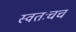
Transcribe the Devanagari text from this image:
स्वतःचच